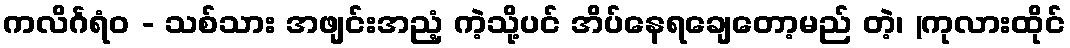
ကလိင်္ဂရံဝ - သစ်သား အဖျင်းအညံ့ ကဲ့သို့ပင် အိပ်နေရချေတော့မည် တဲ့၊ (ကုလားထိုင်